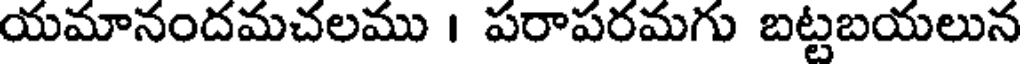
యమానందమచలము । పరాపరమగు బట్టబయలున